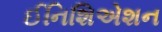
ઈનિશિએશન